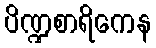
ပိဏ္ဍစာရိကေန